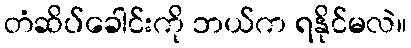
တံဆိပ်ခေါင်းကို ဘယ်က ရနိုင်မလဲ။